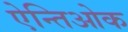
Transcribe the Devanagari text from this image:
ऐन्तिओक